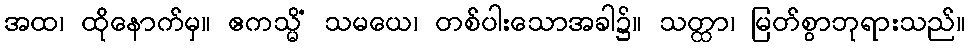
အထ၊ ထိုနောက်မှ။ ဧကသ္မိံ သမယေ၊ တစ်ပါးသောအခါ၌။ သတ္ထာ၊ မြတ်စွာဘုရားသည်။